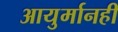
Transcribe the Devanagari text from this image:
आयुर्मानही